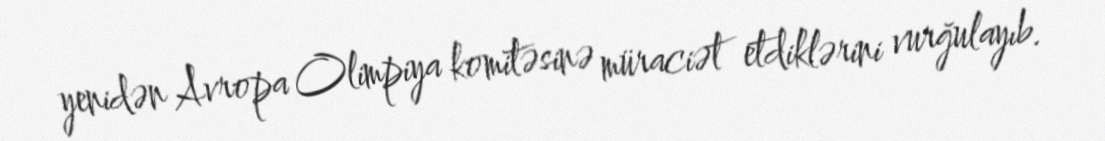
yenidən Avropa Olimpiya komitəsinə müraciət etdiklərini vurğulayıb.